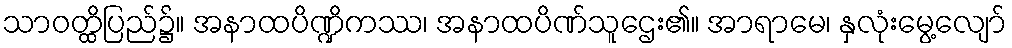
သာဝတ္ထိပြည်၌။ အနာထပိဏ္ဍိကဿ၊ အနာထပိဏ်သူဌေး၏။ အာရာမေ၊ နှလုံးမွေ့လျော်